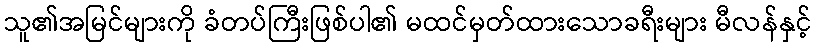
သူ၏အမြင်များကို ခံတပ်ကြီးဖြစ်ပါ၏ မထင်မှတ်ထားသောခရီးများ မီလန်နှင့်